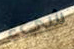
شيء